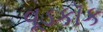
વૂડકૉક